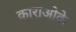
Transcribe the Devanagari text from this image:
काराओके